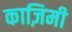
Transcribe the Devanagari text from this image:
काज़िमी